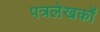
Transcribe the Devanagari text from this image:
पत्रलेखकों